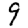
Digit: 9